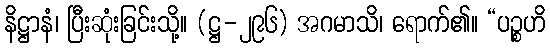
နိဋ္ဌာနံ၊ ပြီးဆုံးခြင်းသို့။ (ဋ္ဌ-၂၉၆) အဂမာသိ၊ ရောက်၏။ “ပဉ္စဟိ